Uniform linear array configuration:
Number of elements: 4
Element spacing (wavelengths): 0.25
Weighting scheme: uniform
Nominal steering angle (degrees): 30
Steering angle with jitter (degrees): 31.063
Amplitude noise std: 0.05
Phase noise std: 0.05

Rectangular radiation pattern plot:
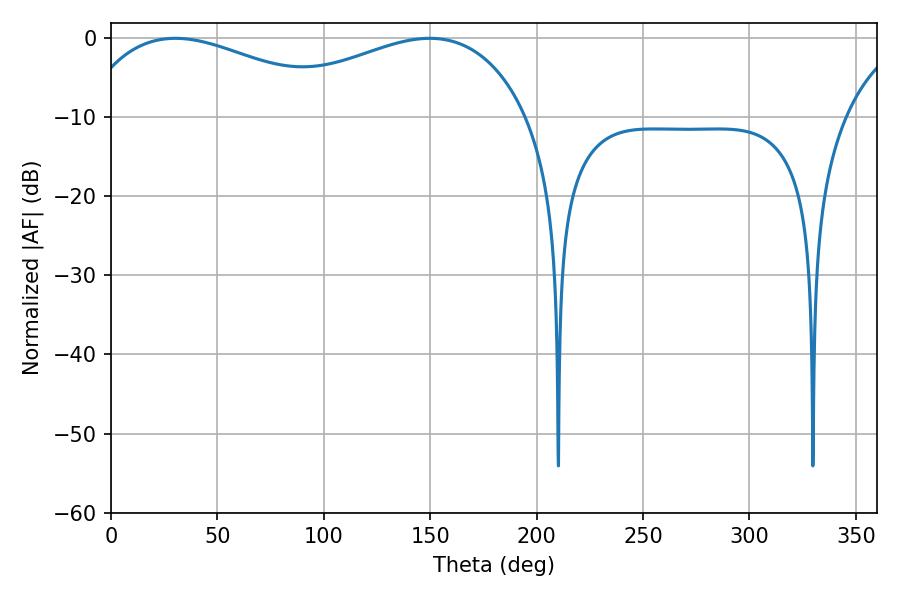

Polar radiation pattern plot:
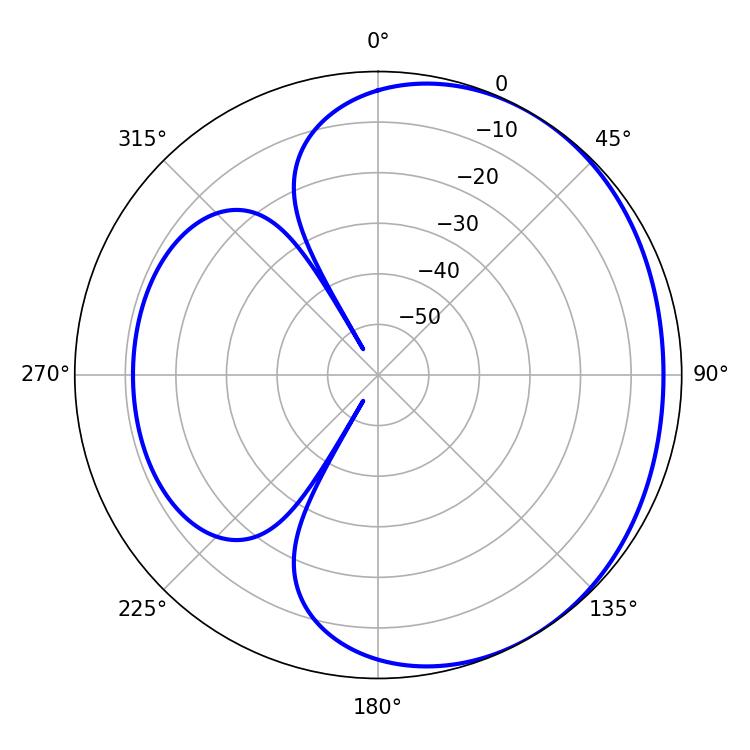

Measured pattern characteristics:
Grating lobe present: FALSE
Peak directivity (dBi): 2.038
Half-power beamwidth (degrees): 71.1
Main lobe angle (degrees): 30.24